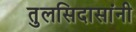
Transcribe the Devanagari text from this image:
तुलसिदासांनी